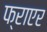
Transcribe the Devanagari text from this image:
फ्राएर